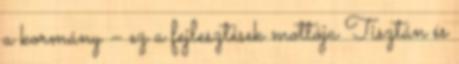
a kormány – ez a fejlesztések mottója Tisztán és